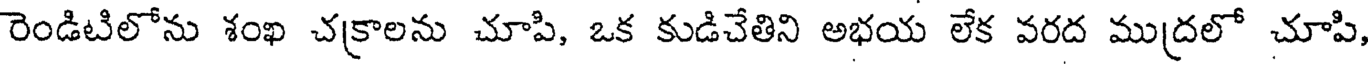
రెండిటిలోను శంఖ చక్రాలను చూపి, ఒక కుడిచేతిని అభయ లేక వరద ముద్రలో చూపి,